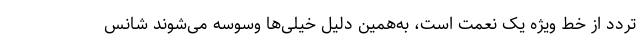
تردد از خط ویژه یک نعمت است، به‌همین دلیل خیلی‌ها وسوسه می‌شوند شانس